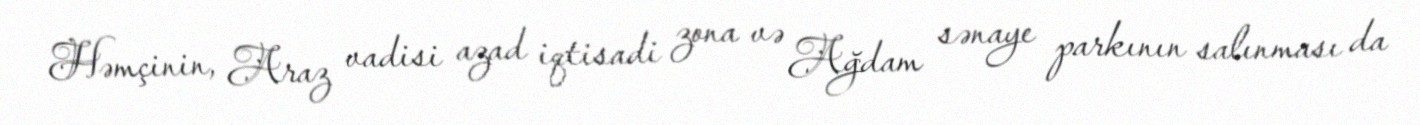
Həmçinin, Araz vadisi azad iqtisadi zona və Ağdam sənaye parkının salınması da